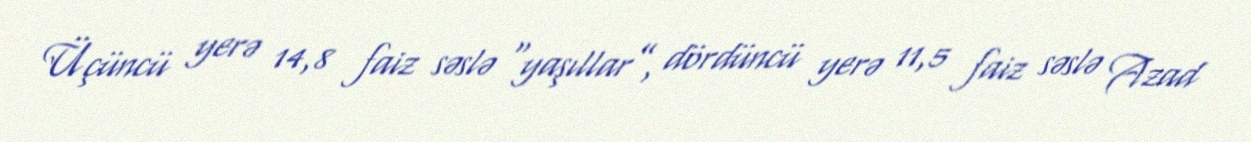
Üçüncü yerə 14,8 faiz səslə “yaşıllar”, dördüncü yerə 11,5 faiz səslə Azad